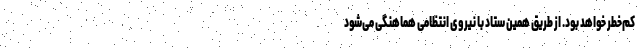
کم‌خطر خواهد بود. از طریق همین ستاد با نیروی انتظامی هماهنگی می‌شود